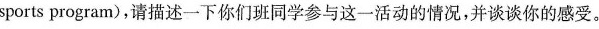
sports program),请描述一下你们班同学参与这一活动的情况,并谈谈你的感受。